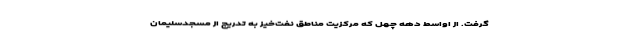
گرفت. از اواسط دهه چهل که مرکزیت مناطق نفت‌خیز به تدریج از مسجدسلیمان